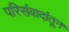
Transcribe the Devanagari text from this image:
परिसंवादांतून